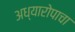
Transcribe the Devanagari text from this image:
अध्यारोपाचा